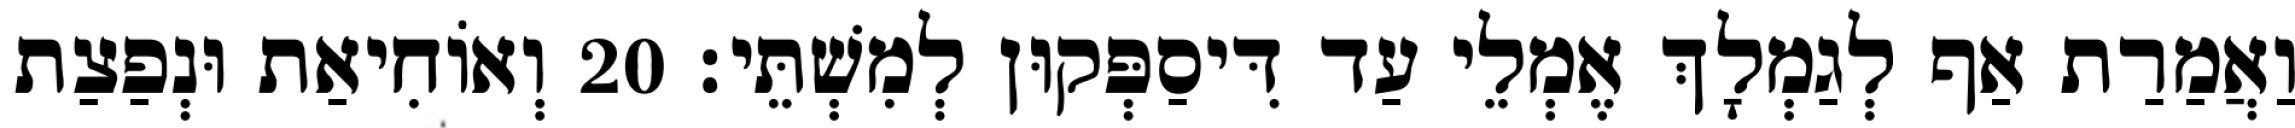
וַאֲמַרַת אַף לְגַמְלָךְ אֶמְלֵי עַד דִּיסַפְּקוּן לְמִשְׁתֵּי׃ 20 וְאוֹחִיאַת וּנְפַצַת